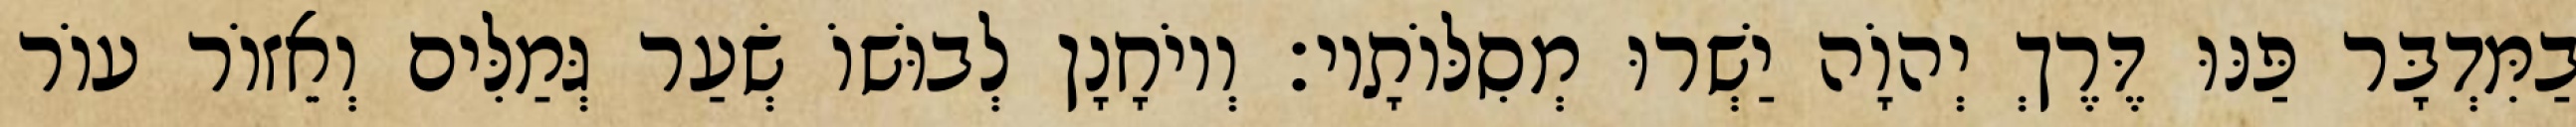
בַמִּדְבָּר פַּנּוּ דֶּרֶךְ יְהוָֹה יַשְׁרוּ מְסִלּוֹתָיו׃ וְיוֹחָנָן לְבוּשׁוֹ שְׂעַר גְּמַלִּים וְאֵזוֹר עוֹר